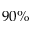
9 0 \%